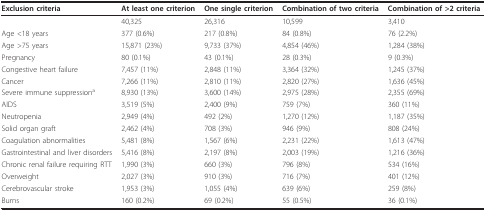
<table><thead><tr><td><b>Exclusion criteria</b></td><td><b>At least one criterion</b></td><td><b>One single criterion</b></td><td><b>Combination of two criteria</b></td><td><b>Combination of &gt;2 criteria</b></td></tr></thead><tbody><tr><td></td><td>40,325</td><td>26,316</td><td>10,599</td><td>3,410</td></tr><tr><td>Age &lt;18 years</td><td>377 (0.6%)</td><td>217 (0.8%)</td><td>84 (0.8%)</td><td>76 (2.2%)</td></tr><tr><td>Age &gt;75 years</td><td>15,871 (23%)</td><td>9,733 (37%)</td><td>4,854 (46%)</td><td>1,284 (38%)</td></tr><tr><td>Pregnancy</td><td>80 (0.1%)</td><td>43 (0.1%)</td><td>28 (0.3%)</td><td>9 (0.3%)</td></tr><tr><td>Congestive heart failure</td><td>7,457 (11%)</td><td>2,848 (11%)</td><td>3,364 (32%)</td><td>1,245 (37%)</td></tr><tr><td>Cancer</td><td>7,266 (11%)</td><td>2,810 (11%)</td><td>2,820 (27%)</td><td>1,636 (45%)</td></tr><tr><td>Severe immune suppression<sup>a</sup></td><td>8,930 (13%)</td><td>3,600 (14%)</td><td>2,975 (28%)</td><td>2,355 (69%)</td></tr><tr><td>AIDS</td><td>3,519 (5%)</td><td>2,400 (9%)</td><td>759 (7%)</td><td>360 (11%)</td></tr><tr><td>Neutropenia</td><td>2,949 (4%)</td><td>492 (2%)</td><td>1,270 (12%)</td><td>1,187 (35%)</td></tr><tr><td>Solid organ graft</td><td>2,462 (4%)</td><td>708 (3%)</td><td>946 (9%)</td><td>808 (24%)</td></tr><tr><td>Coagulation abnormalities</td><td>5,481 (8%)</td><td>1,567 (6%)</td><td>2,231 (22%)</td><td>1,613 (47%)</td></tr><tr><td>Gastrointestinal and liver disorders</td><td>5,416 (8%)</td><td>2,197 (8%)</td><td>2,003 (19%)</td><td>1,216 (36%)</td></tr><tr><td>Chronic renal failure requiring RTT</td><td>1,990 (3%)</td><td>660 (3%)</td><td>796 (8%)</td><td>534 (16%)</td></tr><tr><td>Overweight</td><td>2,027 (3%)</td><td>910 (3%)</td><td>716 (7%)</td><td>401 (12%)</td></tr><tr><td>Cerebrovascular stroke</td><td>1,953 (3%)</td><td>1,055 (4%)</td><td>639 (6%)</td><td>259 (8%)</td></tr><tr><td>Burns</td><td>160 (0.2%)</td><td>69 (0.2%)</td><td>55 (0.5%)</td><td>36 (0.1%)</td></tr></tbody></table>